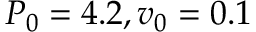
P _ { 0 } = 4 . 2 , v _ { 0 } = 0 . 1